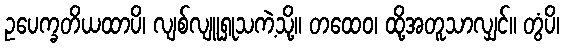
ဥပေက္ခတိယထာပိ၊ လျစ်လျူရှုသကဲ့သို့။ တထေဝ၊ ထို့အတူသာလျှင်။ တွံပိ၊